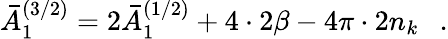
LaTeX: \bar{A}_{1}^{(3/2)}=2\bar{A}_{1}^{(1/2)}+4\cdot 2\beta-4\pi\cdot 2n_{k}~~~.